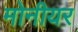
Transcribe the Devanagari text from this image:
मोनीयर